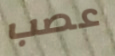
عصب